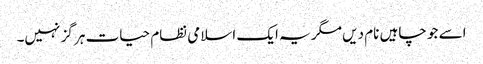
اسے جو چاہیں نام دیں مگر یہ ایک اسلامی نظام حیات ہر گز نہیں۔